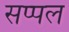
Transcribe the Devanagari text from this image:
सप्पल